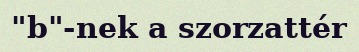
"b"-nek a szorzattér